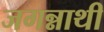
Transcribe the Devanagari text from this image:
जगन्नाथी